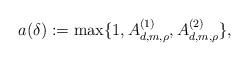
LaTeX: \begin{align*}a(\delta) := \max\{1,A_{d,m,\rho}^{(1)},A_{d,m,\rho}^{(2)}\},\end{align*}